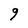
Character: 9